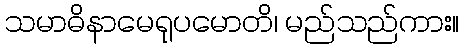
သမာဓိနာမေရုပမောတိ၊ မည်သည်ကား။